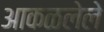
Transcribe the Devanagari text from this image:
आकळलेले